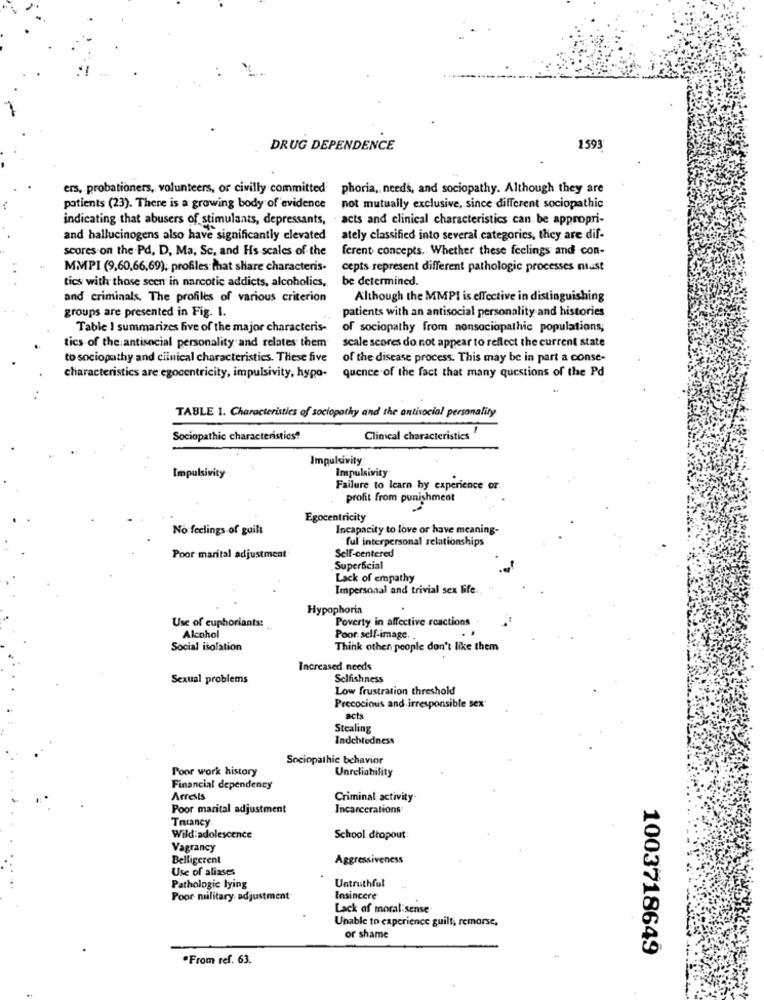
DRUG DEPENDENCE
1593
ers, probationers, volunteers, or civilly committed phoria, needs, and sociopathy. Although they are
patients (23). There is a growing body of evidence
not mutually exclusive, since different sociopathic
indicating that abusers of stimulants, depressants, acts and clinical characteristics can be appropri-
and hallucinogens also have significantly elevated
ately classified into several categories, they are dif-
scores on the Pd, D, Ma, Sc, and Hs scales of the
ferent concepts. Whether these feelings and con-
MMPI (9,60,66,69); profiles that share characteris-
cepts represent different pathologic processes must
tics with those seen in narcotic addicts, alcoholics,
be determined.
and criminals. The profiles of various criterion
Although the MMPI is effective in distinguishing
groups are presented in Fig. 1.
patients with an antisocial personality and histories
Table I summarizes five of the major characteris-
of sociopathy from nonsociopathic populations;
tics of the antisocial personality and relates them
scale scores do not appear to reflect the current state
to sociopathy and clinical characteristics. These five
of the disease process. This may be in part a conse-
quence of the fact that many questions of the Pd
characteristics are egocentricity, impulsivity, hypo-
TABLE 1. Characteristics of sociopathy and the antisocial personality
Sociopathic characteristics?
Clinical characteristics
Impulsivity
Impulsivity
Impulsivity
Failure to learn hy experience or
profit from punishment
Egocentricity
No feelings of guilt
Incapacity to love or have meaning-
ful interpersonal relationships
Self-centered
Poor marital adjustment
Superficial
Lack of empathy
Impersonal and trivial sex life.
Hypophoria
Poverty in affective reactions
Usc of euphoriants:
Alcohol
Poor self-image.
Social isolation
Think other people don't like them
Increased needs
Sexual problems
Selfishness
Low frustration threshold
Precocious and irresponsible sex
acts
Stealing
Indebtedness
Sociopathie behavior
Poor work history
Unreliability
Financial dependency
Arrests
Criminal activity
Poor marital adjustment
Incarcerations
Trancy
Wild:adolescence
School dropout:
Vagrancy
Belligerent
Aggressiveness
Use of aliases
Untruthful
Pathologie lying
Poor military adjustment
Insincere
Lack of moral:sense
Unable to experience guilty remorse.
or shame
1003718649
.From ref. 63.